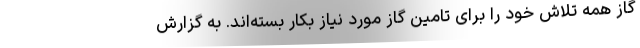
گاز همه تلاش خود را برای تامین گاز مورد نیاز بکار بسته‌اند. به گزارش